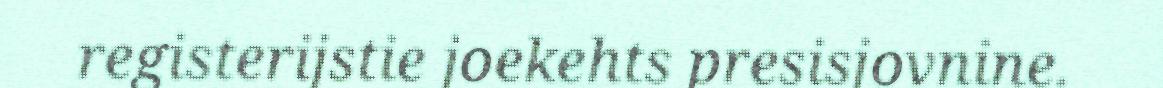
registerijstie joekehts presisjovnine.